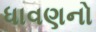
ધાવણનો